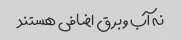
نه آب و برق اضافی هستند